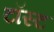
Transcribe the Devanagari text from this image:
टॉस्ट